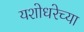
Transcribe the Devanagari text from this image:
यशोधरेच्या